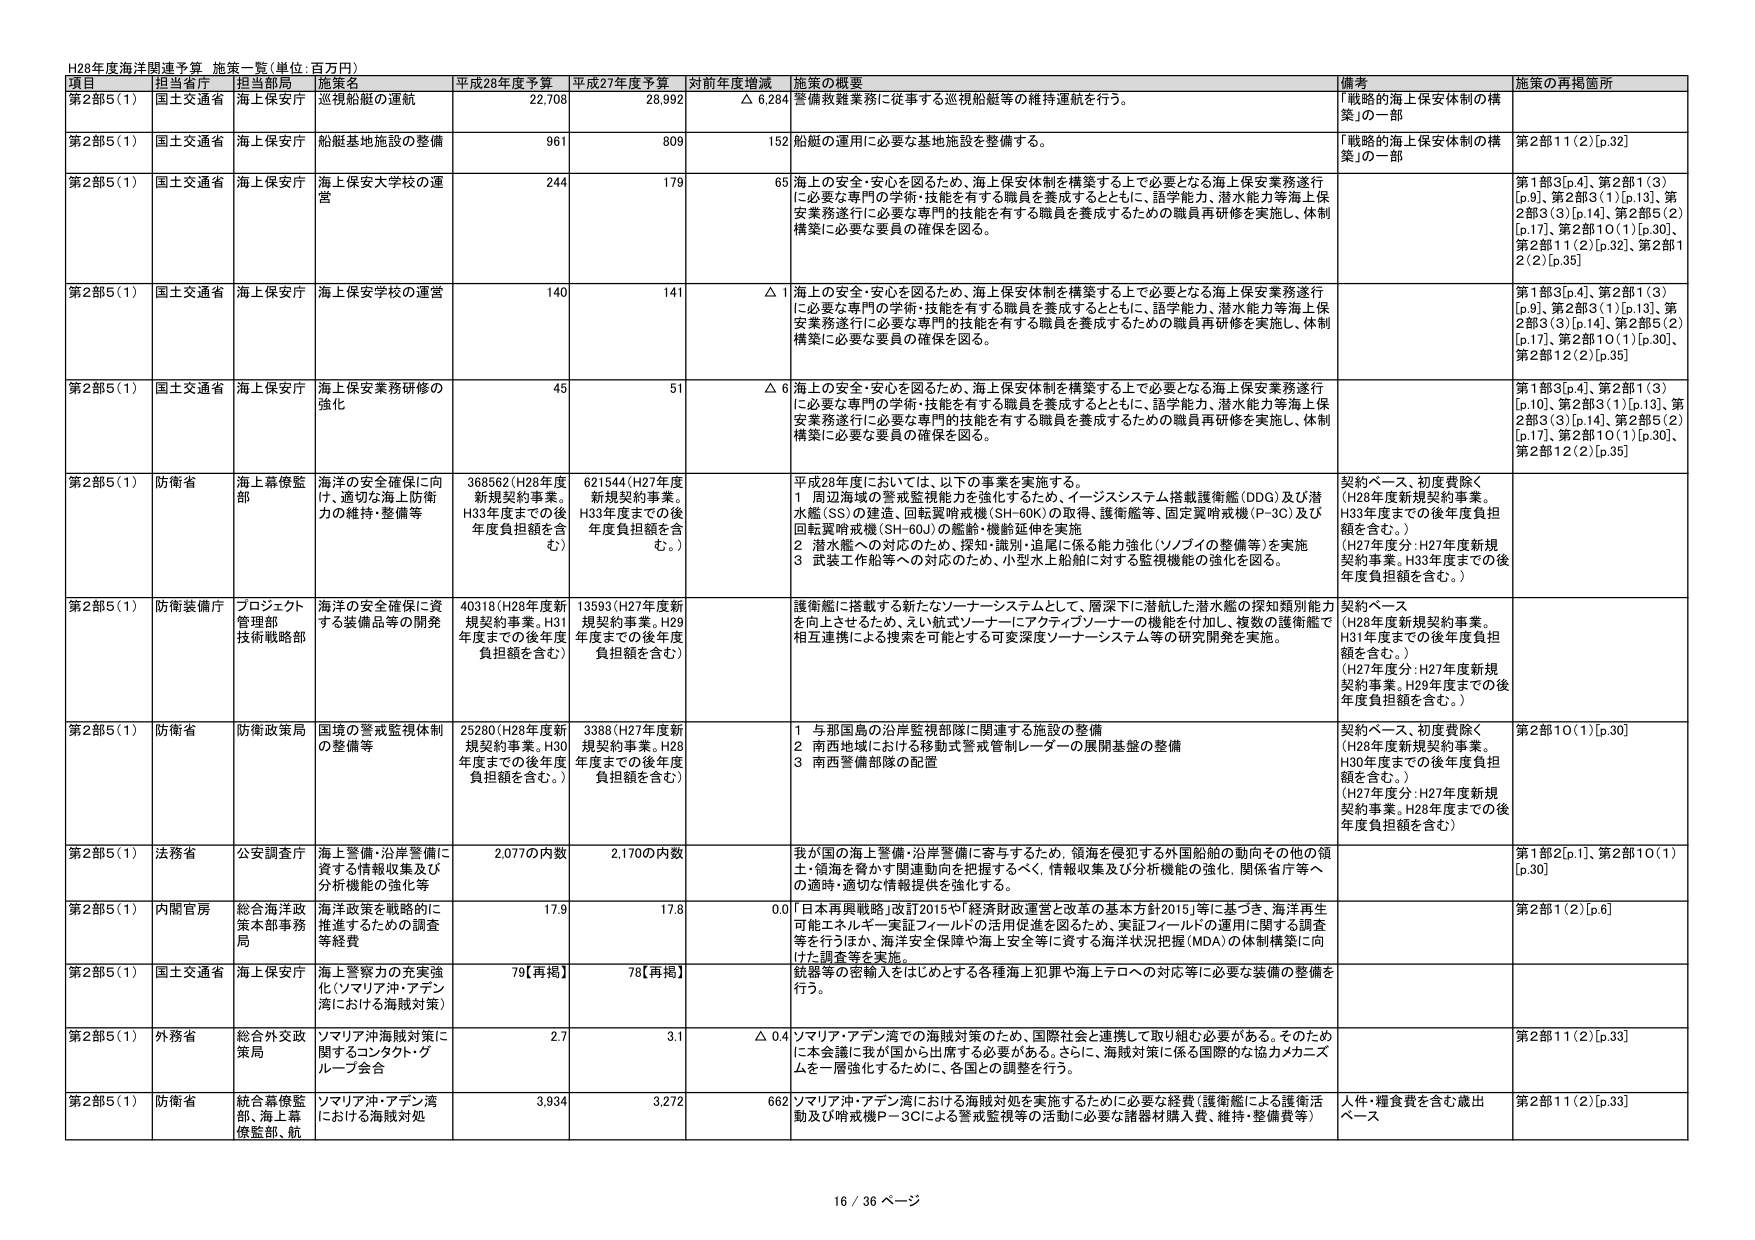
H28年度海洋関連予算 施策一覧（単位：百万円）

項目 担当省庁 担当部局 施策名 平成28年度予算 平成27年度予算 対前年度増減 施策の概要 備考 施策の再掲箇所

第2部5（1） 国土交通省 海上保安庁 巡視船艇の運航 22,708 26,992 △ 6,284 警備救難業務に従事する巡視船艇等の維持運航を行う。 「戦略的海上保安体制の構築」の一部

第2部5（1） 国土交通省 海上保安庁 船艇基地施設の整備 961 809 152 船艇の運用に必要な基地施設を整備する。 「戦略的海上保安体制の構築」の一部 第2部11（2）[p.32]

第2部5（1） 国土交通省 海上保安庁 海上保安大学校の運営 244 179 65 海上の安全・安心を図るため、海上保安体制を構築する上で必要となる海上保安業務遂行に必要な専門の学術・技能を有する職員を養成するとともに、語学能力、潜水能力等海上保安業務遂行に必要な専門的技能を有する職員を養成するための職員再研修を実施し、体制構築に必要な要員の確保を図る。 第1部3[p.4]、第2部1（3）[p.9]、第2部3（1）[p.13]、第2部3（3）[p.14]、第2部5（2）[p.17]、第2部10（1）[p.30]、第2部11（2）[p.32]、第2部12（2）[p.35]

第2部5（1） 国土交通省 海上保安庁 海上保安学校の運営 140 141 △ 1 海上の安全・安心を図るため、海上保安体制を構築する上で必要となる海上保安業務遂行に必要な専門の学術・技能を有する職員を養成するとともに、語学能力、潜水能力等海上保安業務遂行に必要な専門的技能を有する職員を養成するための職員再研修を実施し、体制構築に必要な要員の確保を図る。 第1部3[p.4]、第2部1（3）[p.9]、第2部3（1）[p.13]、第2部3（3）[p.14]、第2部5（2）[p.17]、第2部10（1）[p.30]、第2部12（2）[p.35]

第2部5（1） 国土交通省 海上保安庁 海上保安業務研修の強化 45 51 △ 6 海上の安全・安心を図るため、海上保安体制を構築する上で必要となる海上保安業務遂行に必要な専門の学術・技能を有する職員を養成するとともに、語学能力、潜水能力等海上保安業務遂行に必要な専門的技能を有する職員を養成するための職員再研修を実施し、体制構築に必要な要員の確保を図る。 第1部3[p.4]、第2部1（3）[p.10]、第2部3（1）[p.13]、第2部3（3）[p.14]、第2部5（2）[p.17]、第2部10（1）[p.30]、第2部12（2）[p.35]

第2部5（1） 防衛省 海上幕僚監部 海洋の安全確保に向 け、適切な海上防衛 力の維持・整備等 368562（H28年度 新規契約事業。 H33年度までの後 年度負担額を含 む。） 621544（H27年度 新規契約事業。 H33年度までの後 年度負担額を含 む。） 平成28年度においては、以下の事業を実施する。 1 周辺海域の警戒監視能力を強化するため、イージスシステム搭載護衛艦（DDG）及び潜水艦（SS）の建造、回転翼哨戒機（SH-60K）の取得、護衛艦等、固定翼哨戒機（P-3C）及び回転翼哨戒機（SH-60J）の艦艇・機師延伸を実施 2 潜水艦への対応のため、探知・識別・追尾に係る能力強化（ソノブイの整備等）を実施 3 武装工作船等への対応のため、小型水上船舶に対する監視機能の強化を図る。 契約ベース、初度費除く （H28年度新規契約事業。 H33年度までの後年度負担額を含む。） （H27年度分：H27年度新規契約事業。H33年度までの後年度負担額を含む。）

第2部5（1） 防衛装備庁 プロジェクト 管理部 技術戦略部 海洋の安全確保に資 する装備品等の開発 40318（H28年度新 規契約事業。H31 年度までの後年度 負担額を含む） 13593（H27年度新 規契約事業。H29 年度までの後年度 負担額を含む） 護衛艦に搭載する新たなソーナーシステムとして、層深下に潜航した潜水艦の探知類別能力を向上させるため、えい航式ソーナーにアクティブソーナーの機能を付加し、複数の護衛艦で相互連携による捜索を可能とする可変深度ソーナーシステム等の研究開発を実施。 契約ベース （H28年度新規契約事業。 H31年度までの後年度負担額を含む。） （H27年度分：H27年度新規契約事業。H29年度までの後年度負担額を含む。）

第2部5（1） 防衛省 防衛政策局 国境の警戒監視体制 の整備等 25280（H28年度新 規契約事業。H30 年度までの後年度 負担額を含む。） 3388（H27年度新 規契約事業。H28 年度までの後年度 負担額を含む） 1 与那国島の沿岸監視部隊に関連する施設の整備 2 南西地域における移動式警戒管制レーダーの展開基盤の整備 3 南西警備部隊の配置 契約ベース、初度費除く （H28年度新規契約事業。 H30年度までの後年度負担額を含む。） （H27年度分：H27年度新規契約事業。H28年度までの後年度負担額を含む） 第2部10（1）[p.30]

第2部5（1） 法務省 公安調査庁 海上警備・沿岸警備に 資する情報収集及び 分析機能の強化等 2,077の内数 2,170の内数 我が国の海上警備・沿岸警備に寄与するため、領海を侵犯する外国船舶の動向その他の領土・領海を脅かす関連動向を把握するべく、情報収集及び分析機能の強化、関係省庁等への適時・適切な情報提供を強化する。 第1部2[p.1]、第2部10（1）[p.30]

第2部5（1） 内閣官房 総合海洋政 策本部事務 局 海洋政策を戦略的に 推進するための調査 等経費 17.9 17.8 0.0 「日本再興戦略」改訂2015や「経済財政運営と改革の基本方針2015」等に基づき、海洋再生可能エネルギー実証フィールドの活用促進を図るため、実証フィールドの運用に関する調査等を行うほか、海洋安全保障や海上安全等に資する海洋状況把握（MDA）の体制構築に向けた調査等を実施。 第2部1（2）[p.6]

第2部5（1） 国土交通省 海上保安庁 海上警察力の充実強 化（ソマリア沖・アデン 湾における海賊対策） 79【再掲】 78【再掲】 銃器等の密輸入をはじめとする各種海上犯罪や海上テロへの対応等に必要な装備の整備を行う。

第2部5（1） 外務省 総合外交政 策局 ソマリア沖海賊対策に 関するコンタクト・グ ループ会合 2.7 3.1 △ 0.4 ソマリア・アデン湾での海賊対策のため、国際社会と連携して取り組む必要がある。そのため に本会議に我が国から出席する必要がある。さらに、海賊対策に係る国際的な協力メカニズムを一層強化するために、各国との調整を行う。 第2部11（2）[p.33]

第2部5（1） 防衛省 統合幕僚監 部、海上幕 僚監部、航 ソマリア沖・アデン湾 における海賊対処 3,934 3,272 662 ソマリア沖・アデン湾における海賊対処を実施するために必要な経費（護衛艦による護衛活動及び哨戒機P-3Cによる警戒監視等の活動に必要な諸器材購入費、維持・整備費等） 人件・糧食費を含む歳出ベース 第2部11（2）[p.33]

16 / 36 ページ